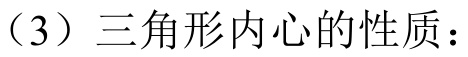
（3）三角形内心的性质：